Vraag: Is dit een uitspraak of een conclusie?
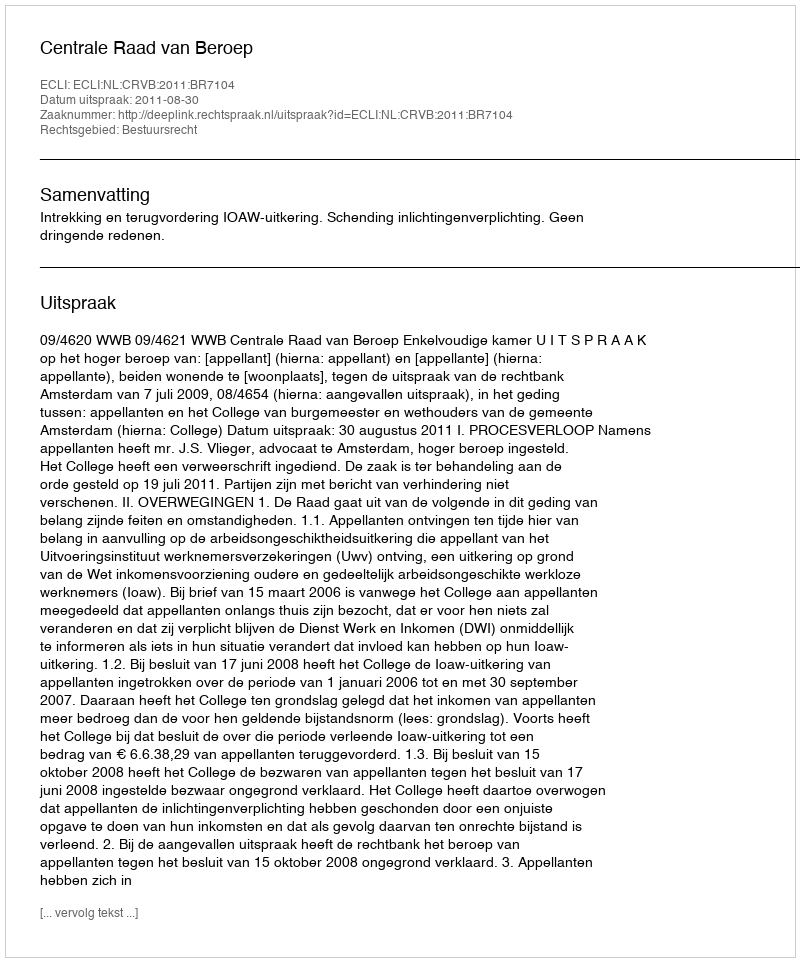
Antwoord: Uitspraak